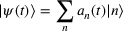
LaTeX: | \psi ( t ) \rangle = \sum _ { n } a _ { n } ( t ) | n \rangle